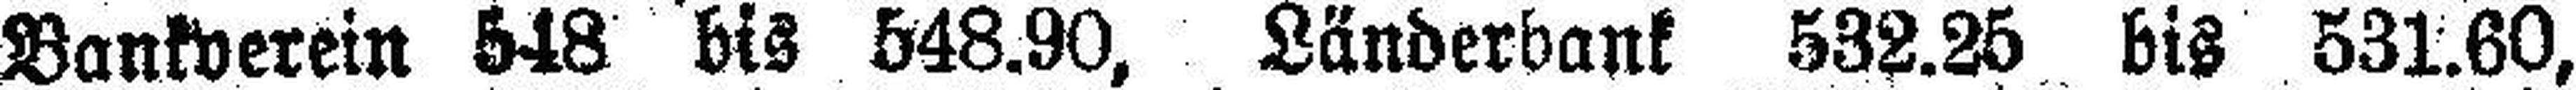
Bankverein 548 bis 548.90, Länderbank 532.25 bis 531.60,